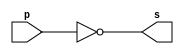
// ---------------------
// Guia 02 exercicio03
// Nome: Felipe Barros
// ---------------------

module notgate (s, p);
output s;
input p;
assign s=~p;

endmodule

module testnotgate;
reg a;
wire s;

notgate NOT1 (s,a);

initial begin: start
a=0;
end

initial begin: main
$display ("Guia02 exercicio03");
$display ("tabela-verdade para porta not\n");
$display ("~a = s");
$monitor ("%b = %b", a, s);
#1 a=1;
end

endmodule

//---------------------
// Porta nand
//---------------------

module nandgate (s1, p1, q1, r1);
output s1;
input p1, q1, r1;
assign s= ~(p1 & q1 & r1);
endmodule

module testnandgate;
reg a, b, c;
wire s;
nand (s, a, b, c);

endmodule